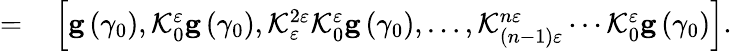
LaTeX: \begin{array}{rl}{=}&{{}\left[\mathbf{g}\left(\gamma_{0}\right),\mathcal{K}_{0}^{\varepsilon}\mathbf{g}\left(\gamma_{0}\right),\mathcal{K}_{\varepsilon}^{2\varepsilon}\mathcal{K}_{0}^{\varepsilon}\mathbf{g}\left(\gamma_{0}\right),\ldots,\mathcal{K}_{\left(n-1\right)\varepsilon}^{n\varepsilon}\cdots\mathcal{K}_{0}^{\varepsilon}\mathbf{g}\left(\gamma_{0}\right)\right].}\end{array}